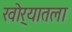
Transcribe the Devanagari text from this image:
खोर्‍यातला